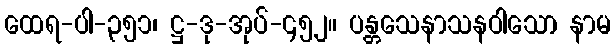
ထေရ-ပါ-၃၅၁၊ ဋ္ဌ-ဒု-အုပ်-၄၅၂။ ပန္တသေနာသနဝါသော နာမ